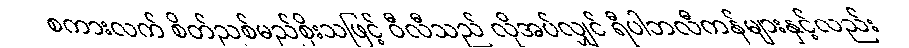
စကားလက် စိတ်ညစ်မည်စိုးသဖြင့် ဝီလီသည် လိုအပ်လျှင် ရီပါဘလီကန်များနှင့်လည်း